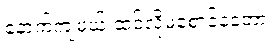
နောက်ကျမယ် ထင်လို့မစောင့်နဲ့တော့။